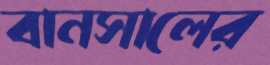
বানসালের